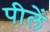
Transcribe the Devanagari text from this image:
पीलें